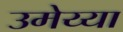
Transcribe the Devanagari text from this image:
उमेय्या